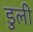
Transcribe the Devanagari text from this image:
डुली